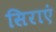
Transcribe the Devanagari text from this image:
सिराएं